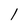
Character: 1